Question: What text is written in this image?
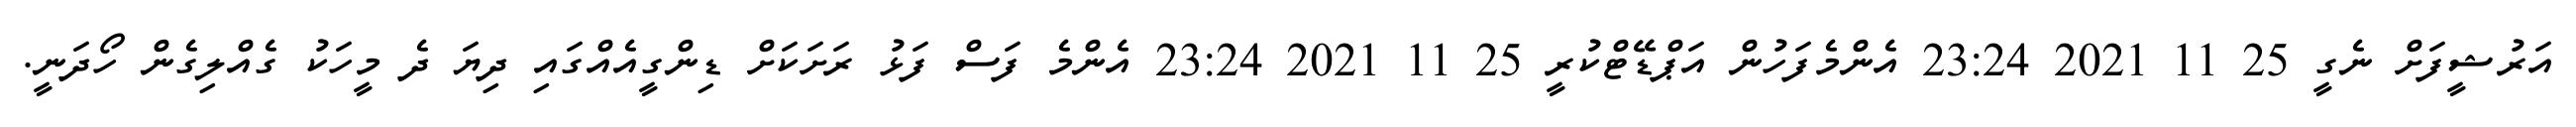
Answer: އަރުޝީފަށް ނެގީ 25 11 2021 23:24 އެންމެފަހުން އަޕްޑޭޓްކުރީ 25 11 2021 23:24 އެންމެ ފަސް ފަޅު ރަށަކަށް ޑިންގީއެއްގައި ދިޔަ ދެ މީހަކު ގެއްލިގެން ހޯދަނީ.